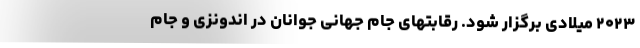
۲۰۲۳ میلادی برگزار شود. رقابتهای جام جهانی جوانان در اندونزی و جام